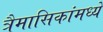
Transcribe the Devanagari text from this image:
त्रैमासिकांमध्ये